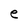
Character: e